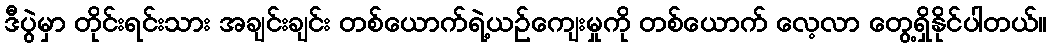
ဒီပွဲမှာ တိုင်းရင်းသား အချင်းချင်း တစ်ယောက်ရဲ့ယဉ်ကျေးမှုကို တစ်ယောက် လေ့လာ တွေ့ရှိနိုင်ပါတယ်။